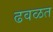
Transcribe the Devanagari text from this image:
ढवळत